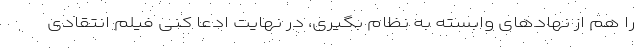
را هم از نهادهای وابسته به نظام بگیری، در نهایت ادعا کنی فیلم انتقادی